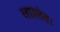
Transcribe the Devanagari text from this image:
लालितः